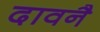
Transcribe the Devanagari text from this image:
दावनै